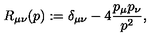
R _ { \mu \nu } ( p ) : = \delta _ { \mu \nu } - 4 { \frac { p _ { \mu } p _ { \nu } } { p ^ { 2 } } } ,